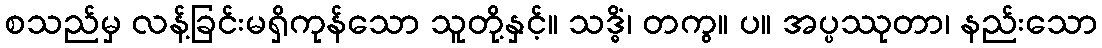
စသည်မှ လန့်ခြင်းမရှိကုန်သော သူတို့နှင့်။ သဒ္ဓိံ၊ တကွ။ ပ။ အပ္ပဿုတာ၊ နည်းသော